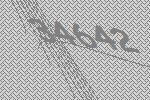
34642